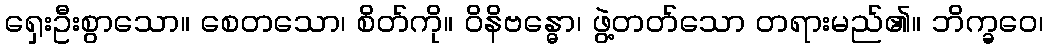
ရှေးဦးစွာသော။ စေတသော၊ စိတ်ကို။ ဝိနိဗန္ဓော၊ ဖွဲ့တတ်သော တရားမည်၏။ ဘိက္ခဝေ၊